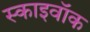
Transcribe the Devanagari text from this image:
स्काइवॉक